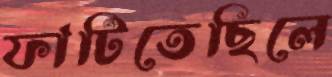
ফাটিতেছিলে